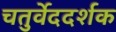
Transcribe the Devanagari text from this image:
चतुर्वेददर्शक